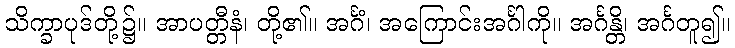
သိက္ခာပုဒ်တို့၌။ အာပတ္တီနံ၊ တို့၏။ အင်္ဂံ၊ အကြောင်းအင်္ဂါကို။ အင်္ဂန္တိ၊ အင်္ဂတူ၍။